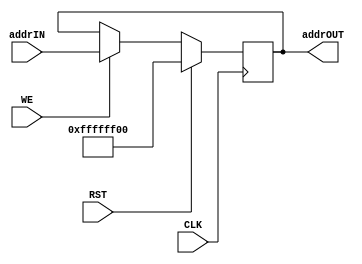
module pc(addrIN, addrOUT, WE, CLK, RST);

  input [31:0] addrIN;
  input WE, CLK, RST;

  output [31:0] addrOUT;
  reg    [31:0] addrOUT;

  always @(posedge CLK)
	begin
		if (RST)
			addrOUT <= 32'hFFFFFF00;
		else if (WE == 1)
			addrOUT <= addrIN;
	  	else addrOUT <= addrOUT; 
	end

endmodule